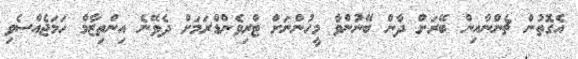
އެގޮތުން ޗެންނާއިން ބޭރަށް ދާން ބޭނުންވާ މީހުންނަށް ޓްރިވެންޑްރަމަށް ދެވޭނެ އިންތިޒާމް ހަމަޖެއްސެވި